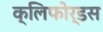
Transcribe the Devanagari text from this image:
क्लिफोर्डस